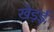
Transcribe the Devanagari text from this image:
खेड़ई